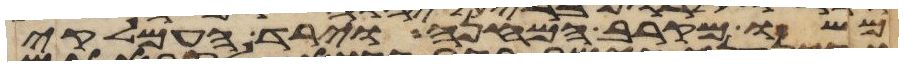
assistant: משו מקרב המחנה וירד העמלקי